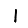
Digit: 1